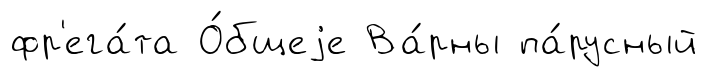
фр'ега́та О́бщеjе Ва́рны па́русный